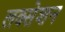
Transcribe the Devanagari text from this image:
लक्सेशन